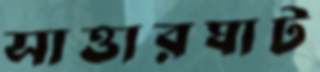
সাত্তারঘাট